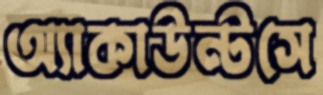
অ্যাকাউন্টসে